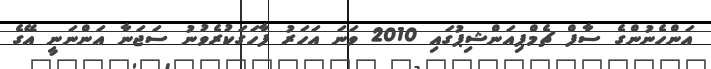
އަންހެނުންގެ ސާފް ޗެމްޕިއަންޝިޕުގައި 2010 ވަނަ އަހަރު ފާހަގަކުރެވުނު ސަޖަނާ އަންނަނީ އޭގެ